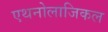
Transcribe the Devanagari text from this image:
एथनोलाजिकल